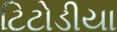
ટિટોડીયા